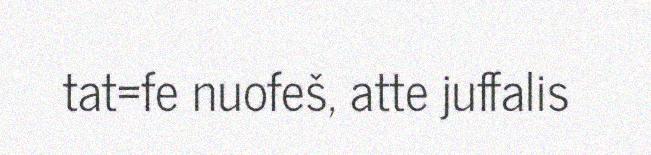
tat=fe nuofeš, atte juffalis